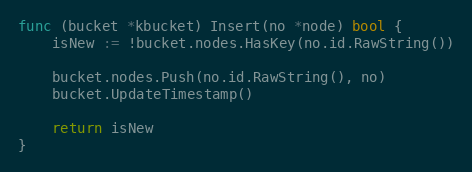
Language: Go
func (bucket *kbucket) Insert(no *node) bool {
	isNew := !bucket.nodes.HasKey(no.id.RawString())

	bucket.nodes.Push(no.id.RawString(), no)
	bucket.UpdateTimestamp()

	return isNew
}